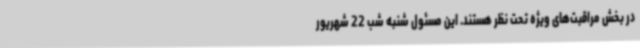
در بخش مراقبت‌های ویژه تحت نظر هستند. این مسئول شنبه شب 22 شهریور